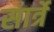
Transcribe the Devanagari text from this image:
सार्त्रे